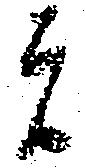
は